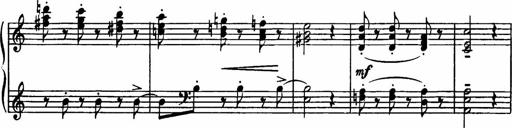
Title: Sonatilla
Composer: Mortimer Wilson
Key: C major